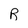
Character: R